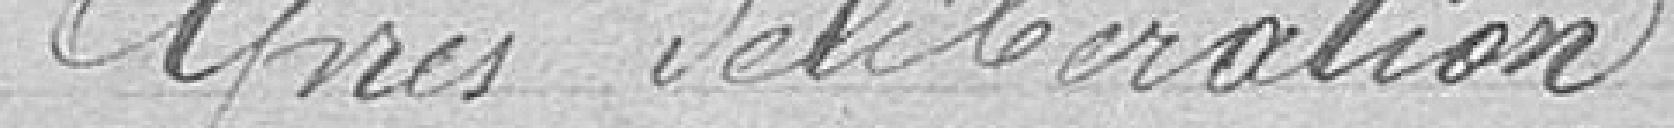
Après délibération :